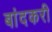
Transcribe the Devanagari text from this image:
बांदकरी